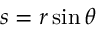
s = r \sin { \theta }